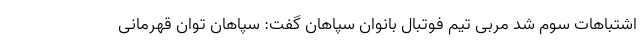
اشتباهات سوم شد مربی تیم فوتبال بانوان سپاهان گفت: سپاهان توان قهرمانی